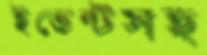
ইভেন্টসহ